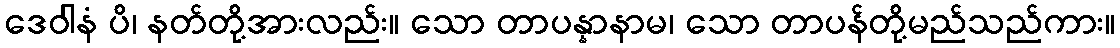
ဒေဝါနံ ပိ၊ နတ်တို့အားလည်း။ သော တာပန္နာနာမ၊ သော တာပန်တို့မည်သည်ကား။